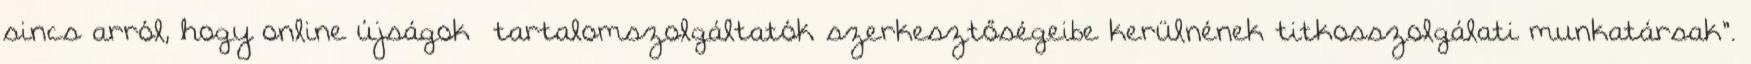
sincs arról, hogy online újságok tartalomszolgáltatók szerkesztőségeibe kerülnének titkosszolgálati munkatársak".